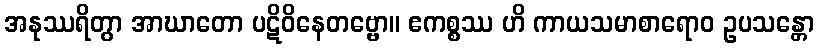
အနုဿရိတွာ အာဃာတော ပဋိဝိနေတဗ္ဗော။ ဧကစ္စဿ ဟိ ကာယသမာစာရောဝ ဥပသန္တော